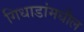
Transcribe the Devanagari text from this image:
गिधाडांमधील